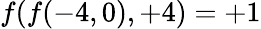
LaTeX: f(f(-4,0),+4)=+1